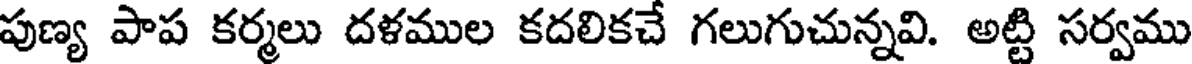
పుణ్య పాప కర్మలు దళముల కదలికచే గలుగుచున్నవి. అట్టి సర్వము